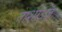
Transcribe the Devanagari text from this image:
ताशाउज़